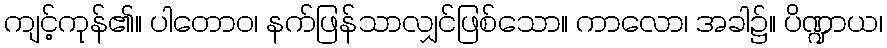
ကျင့်ကုန်၏။ ပါတောဝ၊ နက်ဖြန်သာလျှင်ဖြစ်သော။ ကာလော၊ အခါ၌။ ပိဏ္ဍာယ၊